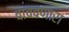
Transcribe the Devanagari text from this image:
वाचवणारा